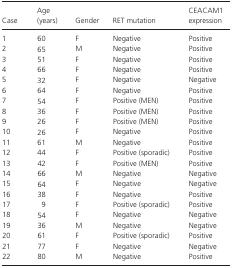
<table><thead><tr><td><b>Case</b></td><td><b>Age (years)</b></td><td><b>Gender</b></td><td><b>RET mutation</b></td><td><b>CEACAM1 expression</b></td></tr></thead><tbody><tr><td>1</td><td>60</td><td>F</td><td>Negative</td><td>Positive</td></tr><tr><td>2</td><td>65</td><td>M</td><td>Negative</td><td>Positive</td></tr><tr><td>3</td><td>51</td><td>F</td><td>Negative</td><td>Positive</td></tr><tr><td>4</td><td>66</td><td>F</td><td>Negative</td><td>Positive</td></tr><tr><td>5</td><td>32</td><td>F</td><td>Negative</td><td>Negative</td></tr><tr><td>6</td><td>64</td><td>F</td><td>Negative</td><td>Positive</td></tr><tr><td>7</td><td>54</td><td>F</td><td>Positive (MEN)</td><td>Positive</td></tr><tr><td>8</td><td>36</td><td>F</td><td>Positive (MEN)</td><td>Positive</td></tr><tr><td>9</td><td>26</td><td>F</td><td>Positive (MEN)</td><td>Positive</td></tr><tr><td>10</td><td>26</td><td>F</td><td>Negative</td><td>Positive</td></tr><tr><td>11</td><td>61</td><td>M</td><td>Negative</td><td>Positive</td></tr><tr><td>12</td><td>44</td><td>F</td><td>Positive (sporadic)</td><td>Positive</td></tr><tr><td>13</td><td>42</td><td>F</td><td>Positive (MEN)</td><td>Positive</td></tr><tr><td>14</td><td>66</td><td>M</td><td>Negative</td><td>Negative</td></tr><tr><td>15</td><td>64</td><td>F</td><td>Negative</td><td>Negative</td></tr><tr><td>16</td><td>38</td><td>F</td><td>Negative</td><td>Positive</td></tr><tr><td>17</td><td>9</td><td>F</td><td>Positive (sporadic)</td><td>Positive</td></tr><tr><td>18</td><td>54</td><td>F</td><td>Negative</td><td>Negative</td></tr><tr><td>19</td><td>36</td><td>M</td><td>Negative</td><td>Negative</td></tr><tr><td>20</td><td>61</td><td>F</td><td>Positive (sporadic)</td><td>Positive</td></tr><tr><td>21</td><td>77</td><td>F</td><td>Negative</td><td>Negative</td></tr><tr><td>22</td><td>80</td><td>M</td><td>Negative</td><td>Positive</td></tr></tbody></table>